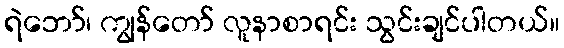
ရဲဘော်၊ ကျွန်တော် လူနာစာရင်း သွင်းချင်ပါတယ်။